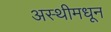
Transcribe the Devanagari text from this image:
अस्थीमधून